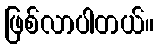
ဖြစ်လာပါတယ်။